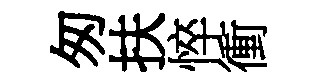
匆扶悴衝